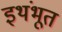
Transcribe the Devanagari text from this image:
इथंभूत